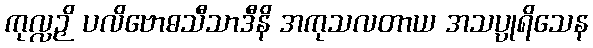
ကုလ္လဉှိ ပလိဗောဓသီသာဒီနိ အကုသလတာယ အသပ္ပုရိသေန